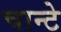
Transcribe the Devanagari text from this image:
चान्टे